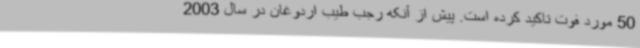
50 مورد فوت تاکید کرده است. پیش از آنکه رجب طیب اردوغان در سال 2003